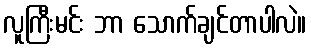
လူကြီးမင်း ဘာ သောက်ချင်တာပါလဲ။